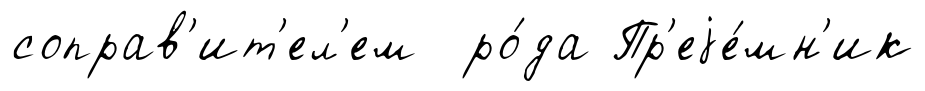
соправ'ит'ел'ем ро́да Пр'еjе́мн'ик